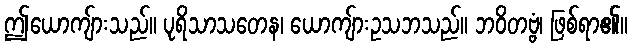
ဤယောကျ်ားသည်။ ပုရိသာသတေန၊ ယောကျ်ားဥသဘသည်။ ဘဝိတဗ္ဗံ၊ ဖြစ်ရာ၏။